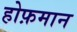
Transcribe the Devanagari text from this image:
होफ़मान